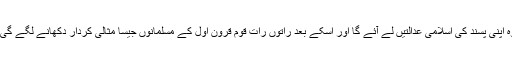
تو اگر کوئ یہ سمجھتا ہے کہ وہ اپنی پسند کی اسلامی عدالتیں لے آئے گا اور اسکے بعد راتوں رات قوم قرون اول کے مسلمانوں جیسا مثالی کردار دکھانے لگے گی تو بس پھر بیٹھ کر بین بجائیے۔